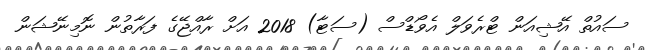
ސައުތް އޭޝިއަން ޓްރެވަލް އެވޯޑްސް (ސަޓާ) 2018 އަށް ރާއްޖޭގެ ފަރާތުން ނޮމިނޭޝަން